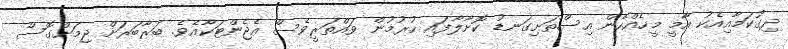
ދިގުކަމާއިއެކު އާމީ މީހެއްހެން އިސްތަށިގަނޑު ކޮށާލާފައި ހުރުމުން ވައްތަރީވެސް އެޖެންޓަކާއެވެ. ބަރާބަރަށް ޖިމަށްގޮސް